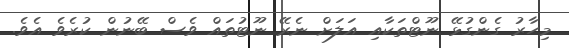
މިހާރު ގެންގުޅޭ ނޫޓްތަކާއި އަލަށް ނެރޭ ނޫޓުތައް ވެސް ބޭނުން ކުރެވެ އެވެ.